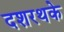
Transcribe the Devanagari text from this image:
दशरथके